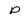
Character: P